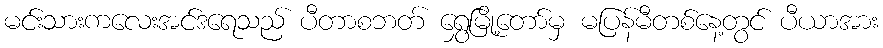
မင်းသားကလေးအင်ဒရေသည် ပီတာစဘတ် ရွှေမြို့တော်မှ မပြန်မီတစ်နေ့တွင် ပီယာအား